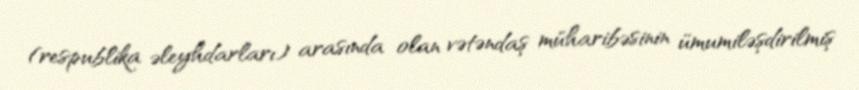
(respublika əleyhdarları) arasında olan vətəndaş müharibəsinin ümumiləşdirilmiş